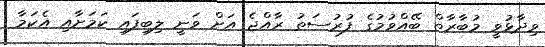
ވިދާޅުވީ މުބާރާތް ބޭއްވުމުގެ ފުރުސަތު ރާއްޖެ އަށް ވަނީ ލިބިފައި ކަމަށާއި އެކަމާ